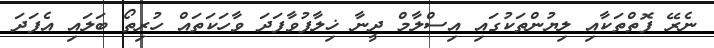
ނެރޭ ފޮތްތަކާއި ލިޔުންތަކުގައި އިސްލާމް ދީނާ ޚިލާފުވާފަދަ ވާހަކަތައް ހުރިތޯ ބަލައި އެފަދަ